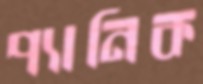
প্যানিক